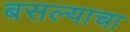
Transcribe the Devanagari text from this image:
बसल्याचा